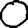
Digit: 0